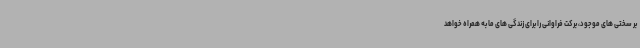
بر سختی های موجود، برکت فراوانی را برای زندگی های ما به همراه خواهد